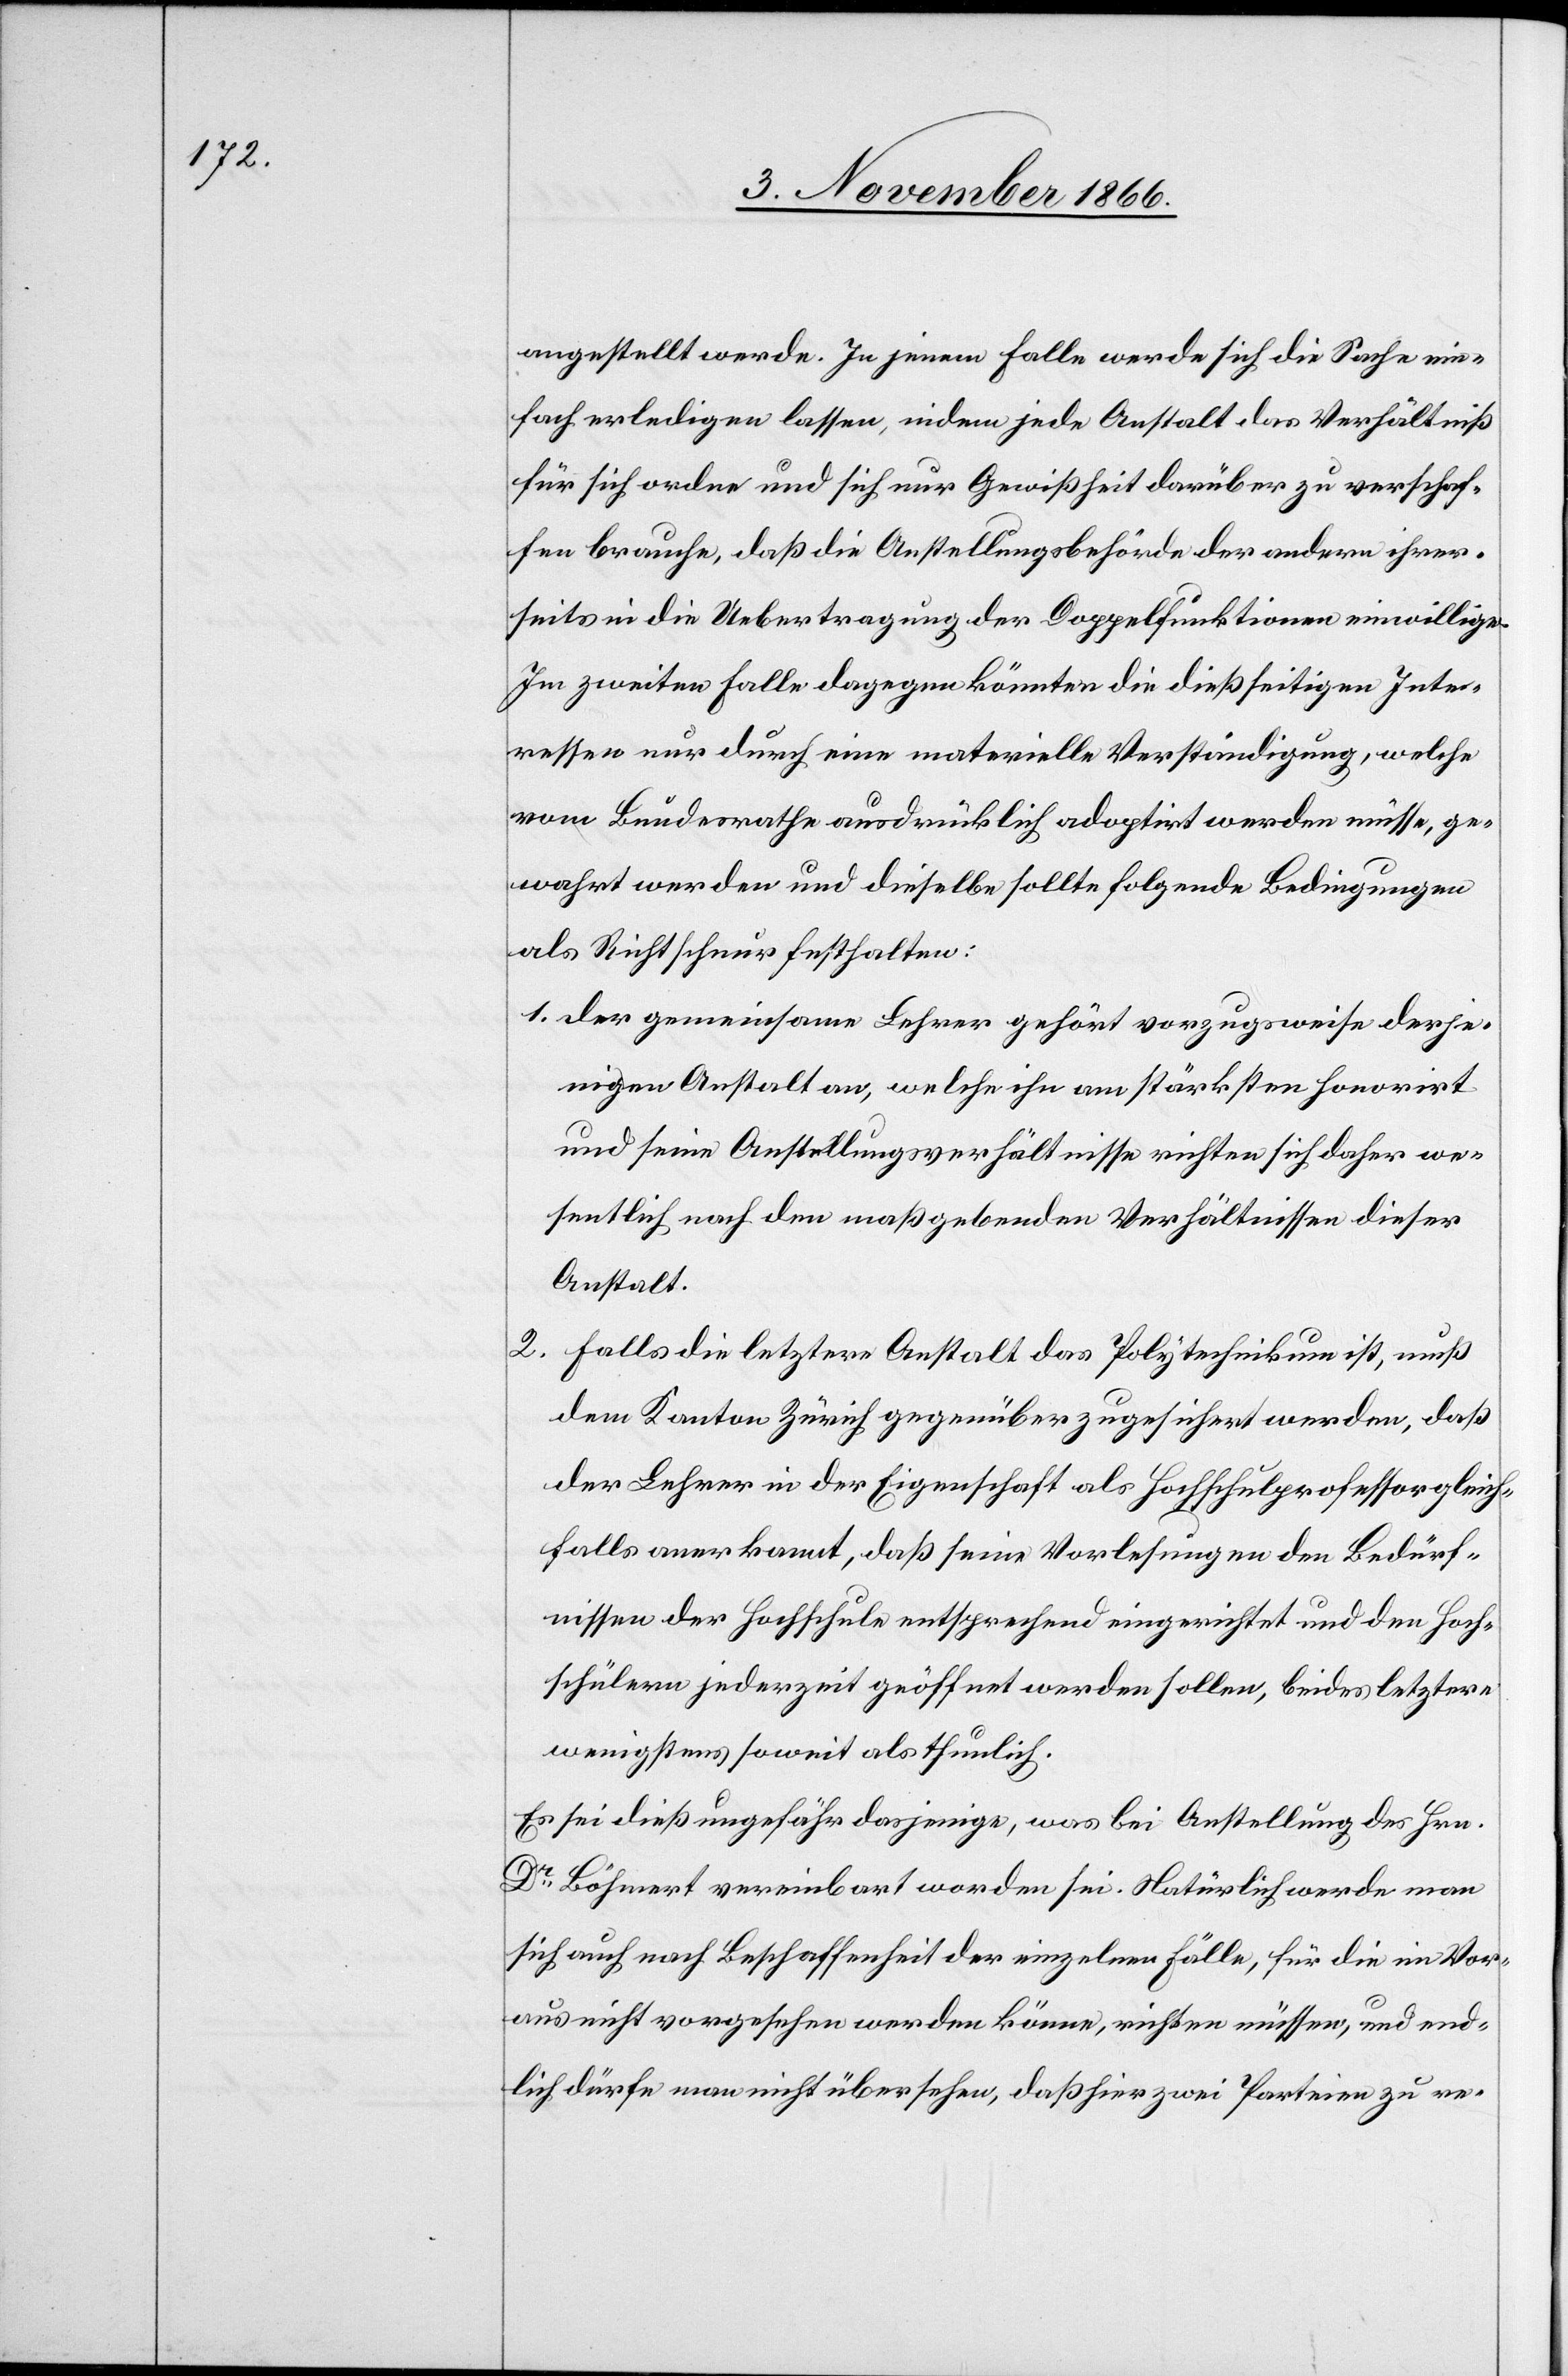
angestellt werde. In jenem Falle werde sich die Sache ein¬
fach erledigen lassen, indem jede Anstalt das Verhältniß
für sich ordne und sich nur Gewißheit darüber zu verschaf¬
fen brauche, daß die Anstellungsbehörde der andern ihrer¬
seits in die Uebertragung der Doppelfunktionen einwillige.
Im zweiten Falle dagegen könnten die dießseitigen Inte¬
ressen nur durch eine materielle Verständigung, welche
vom Bundesrathe ausdrücklich adoptirt werden müsse, ge¬
wahrt werden und dieselbe sollte folgende Bedingungen
als Richtschnur festhalten:
1. der gemeinsame Lehrer gehört vorzugsweise derje¬
nigen Anstalt an, welche ihn am stärksten honorirt
und seine Anstellungsverhältnisse richten sich daher we¬
sentlich nach den maßgebenden Verhältnissen dieser
Anstalt.
2. falls die letztere Anstalt das Polytechnikum ist, muß
dem Kanton Zürich gegenüber zugesichert werden, daß
der Lehrer in der Eigenschaft als Hochschulprofessor gleich¬
falls anerkannt, daß seine Vorlesungen den Bedürf¬
nissen der Hochschule entsprechend eingerichtet und den Hoch¬
schülern jederzeit geöffnet werden sollen, beides letztere
wenigstens soweit als thunlich.
Es sei dieß ungefähr dasjenige, was bei Anstellung des Hrn.
Dr. Böhmert vereinbart worden sei. Natürlich werde man
sich auch nach Beschaffenheit der einzelnen Fälle, für die im Vor¬
aus nicht vorgesehen werden könne, richten müssen, und end¬
lich dürfe man nicht übersehen, daß hier zwei Parteien zu re-